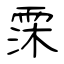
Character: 霂